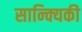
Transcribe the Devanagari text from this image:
सान्क्यिकी